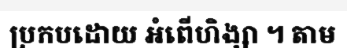
ប្រកបដោយ អំពើហិង្សា ។ តាម